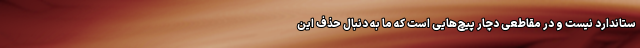
ستاندارد نیست و در مقاطعی دچار پیچ‌هایی است که ما به دنبال حذف این